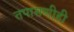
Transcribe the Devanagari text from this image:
तपासणीही